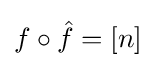
f\circ {\hat {f}}=[n]